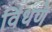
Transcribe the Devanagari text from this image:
विंधणे